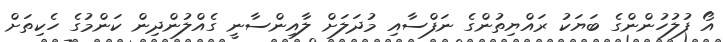
އޯ ފުލުހުންންގެ ބަޔަކު ރައްޔިތުންގެ ނަފްސާއި މުދަލަށް ލާއިންސާނީ ގެއްލުންދިން ކަންމުގެ ހެކިތަށް